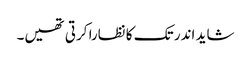
شاید اندر تک کا نظارا کرتی تھیں۔